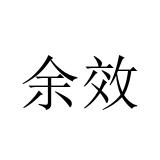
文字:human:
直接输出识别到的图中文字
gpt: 余效